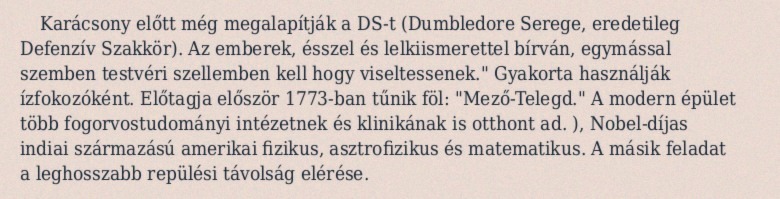
Karácsony előtt még megalapítják a DS-t (Dumbledore Serege, eredetileg Defenzív Szakkör). Az emberek, ésszel és lelkiismerettel bírván, egymással szemben testvéri szellemben kell hogy viseltessenek." Gyakorta használják ízfokozóként. Előtagja először 1773-ban tűnik föl: "Mező-Telegd." A modern épület több fogorvostudományi intézetnek és klinikának is otthont ad. ), Nobel-díjas indiai származású amerikai fizikus, asztrofizikus és matematikus. A másik feladat a leghosszabb repülési távolság elérése.